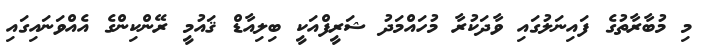
މި މުބާރާތުގެ ފައިނަލުގައި ވާދަކުރާ މުހައްމަދު ޝަރީފްއަކީ ބިލިއާޑް ޤައުމީ ރޭންކިންގެ އެއްވަނައިގައި